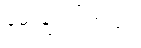
မေးချင်ပါတယ်။